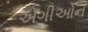
એગીઓન